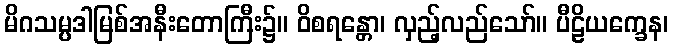
မိဂသမ္ပဒါမြစ်အနီးတောကြီး၌။ ဝိစရန္တော၊ လှည့်လည်သော်။ ပီဠိယက္ခေန၊